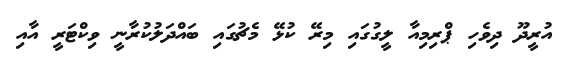
އުރީދޫ ދިވެހި ޕްރިމިއާ ލީގުގައި މިރޭ ކުޅޭ މެޗުގައި ބައްދަލުކުރާނީ ވިކްޓަރީ އާއި